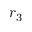
r _ { 3 }